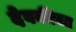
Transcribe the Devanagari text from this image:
देवकीचा